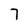
Character: 7